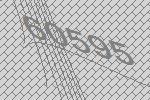
60595